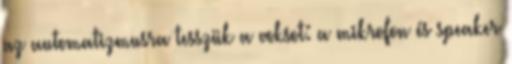
az automatizmusra tesszük a voksot: a mikrofon és speaker